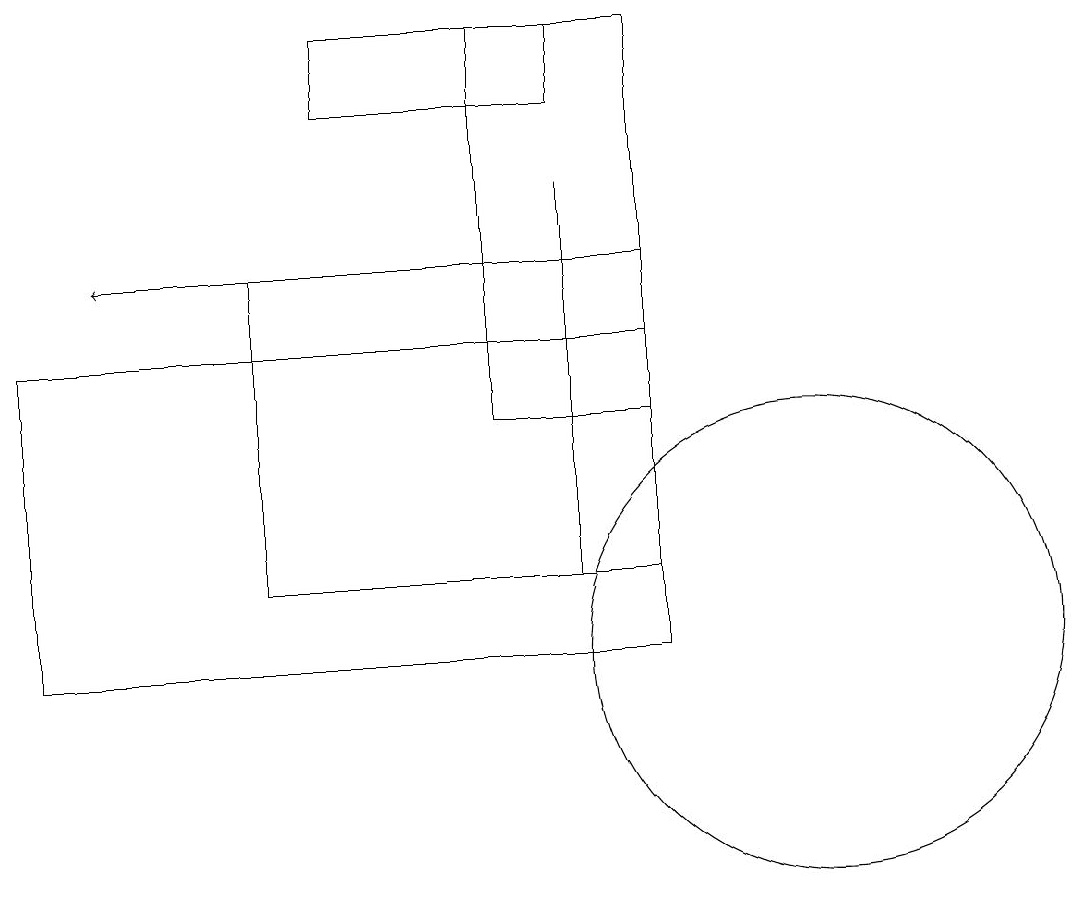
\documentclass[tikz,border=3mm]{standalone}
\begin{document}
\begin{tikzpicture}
\draw[->] (6,16) -- (2,16);
\draw (8,12) rectangle (8,17);
\draw (7,14) rectangle (9,19);
\draw (1,11) rectangle (9,15);
\draw (8,19) rectangle (5,18);
\draw (11,11) circle (3);
\draw (4,16) rectangle (9,12);
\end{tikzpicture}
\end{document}